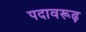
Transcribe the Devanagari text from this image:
पदावरूढ़